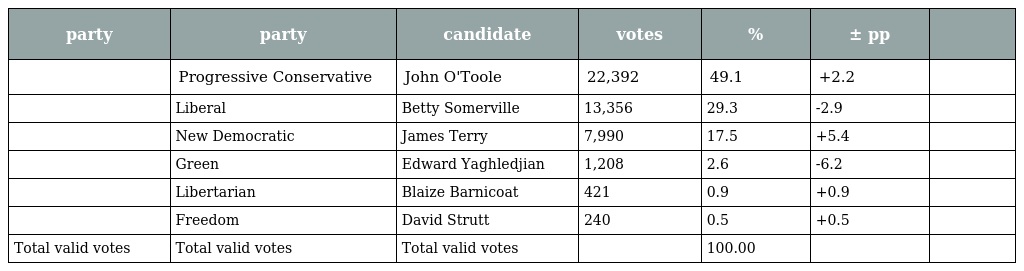
| party | party | candidate | votes | % | ± pp |  |
 | --- | --- | --- | --- | --- | --- | --- |
 |  | Progressive Conservative | John O'Toole | 22,392 | 49.1 | +2.2 |  |
 |  | Liberal | Betty Somerville | 13,356 | 29.3 | -2.9 |  |
 |  | New Democratic | James Terry | 7,990 | 17.5 | +5.4 |  |
 |  | Green | Edward Yaghledjian | 1,208 | 2.6 | -6.2 |  |
 |  | Libertarian | Blaize Barnicoat | 421 | 0.9 | +0.9 |  |
 |  | Freedom | David Strutt | 240 | 0.5 | +0.5 |  |
 | Total valid votes | Total valid votes | Total valid votes |  | 100.00 |  |  |